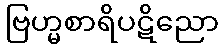
ဗြဟ္မစာရိပဋိညော